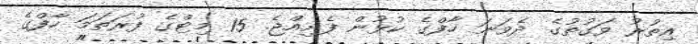
އިތުރު ވަގުތުގެ ދެވަނަ ހާފްގެ ކުޅުން ފެށިއްޖެ. 15 މިިޓްގެ ފުރަތަމަ ހާފްގެ